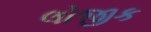
લોજીક